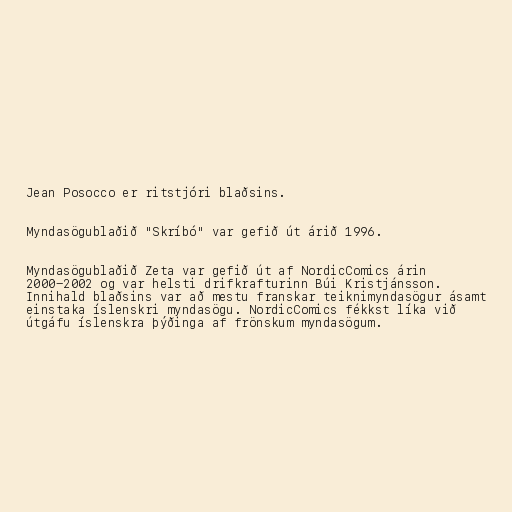
Jean Posocco er ritstjóri blaðsins.

Myndasögublaðið "Skríbó" var gefið út árið 1996.

Myndasögublaðið Zeta var gefið út af NordicComics árin
2000-2002 og var helsti drifkrafturinn Búi Kristjánsson.
Innihald blaðsins var að mestu franskar teiknimyndasögur ásamt
einstaka íslenskri myndasögu. NordicComics fékkst líka við
útgáfu íslenskra þýðinga af frönskum myndasögum.